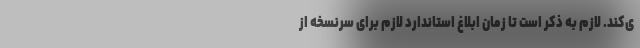
ی‌کند. لازم به ذکر است تا زمان ابلاغ استاندارد لازم برای سرنسخه از